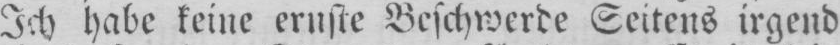
Ich habe keine ernste Beschwerde Seitens irgend